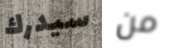
سيدرك من